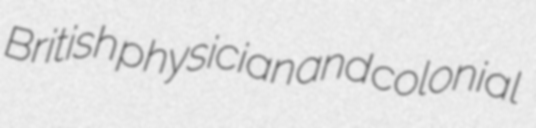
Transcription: British physician and colonial